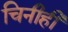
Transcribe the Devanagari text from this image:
चिनीही